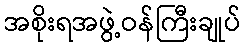
အစိုးရအဖွဲ့ဝန်ကြီးချုပ်